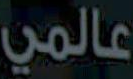
عالمي